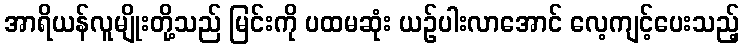
အာရိယန်လူမျိုးတို့သည် မြင်းကို ပထမဆုံး ယဉ်ပါးလာအောင် လေ့ကျင့်ပေးသည့်